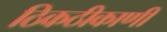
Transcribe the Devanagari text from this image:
ठिकठीकाणी